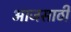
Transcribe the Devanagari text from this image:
आजसाठी